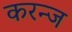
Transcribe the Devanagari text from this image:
करन्‍ज